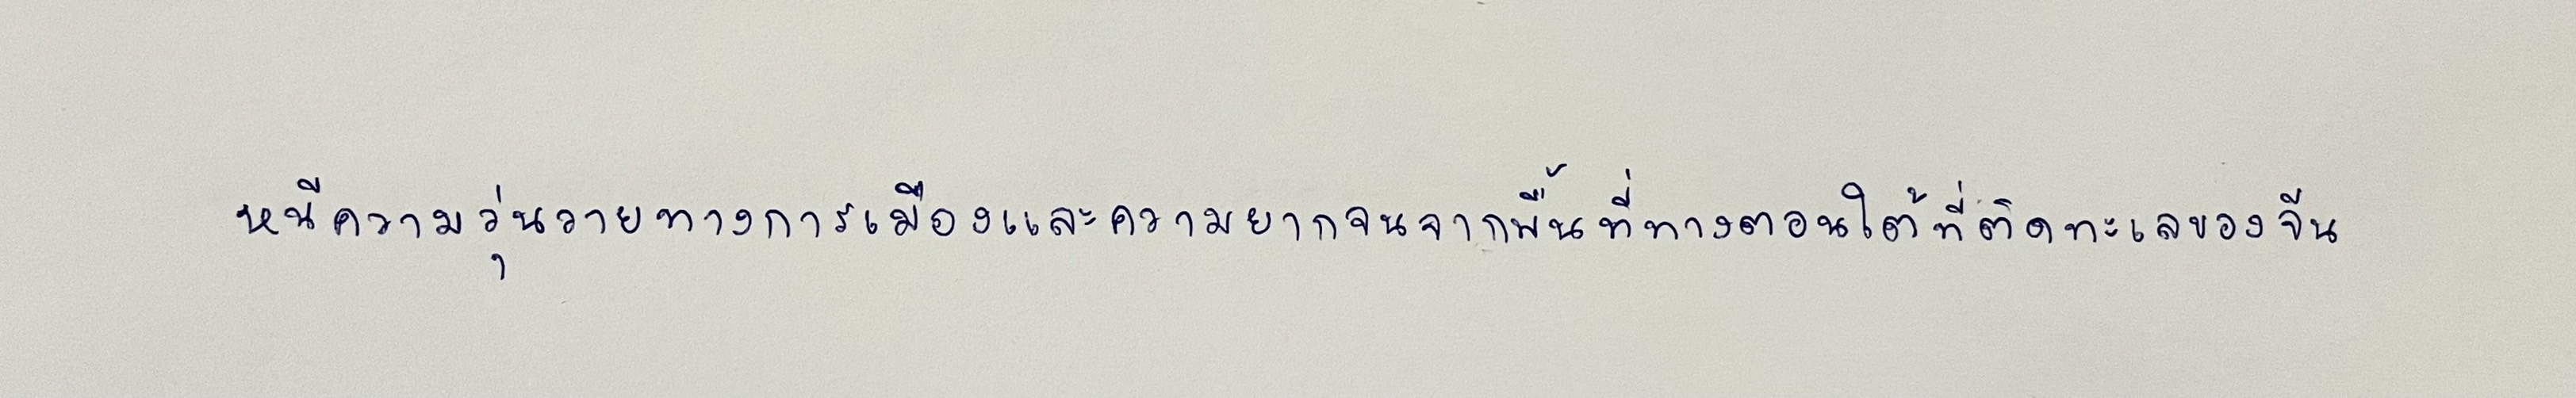
หนีความวุ่นวายทางการเมืองและความยากจนจากพื้นที่ทางตอนใต้ที่ติดทะเลของจีน